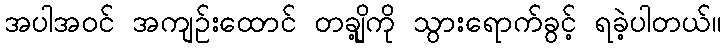
အပါအဝင် အကျဉ်းထောင် တချို့ကို သွားရောက်ခွင့် ရခဲ့ပါတယ်။